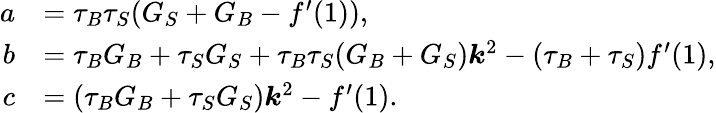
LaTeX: \begin{array}{rl}{a}&{=\tau_{B}\tau_{S}(G_{S}+G_{B}-f^{\prime}(1)),}\\ {b}&{=\tau_{B}G_{B}+\tau_{S}G_{S}+\tau_{B}\tau_{S}(G_{B}+G_{S})\boldsymbol{k}^{2}-(\tau_{B}+\tau_{S})f^{\prime}(1),}\\ {c}&{=(\tau_{B}G_{B}+\tau_{S}G_{S})\boldsymbol{k}^{2}-f^{\prime}(1).}\end{array}